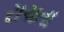
રાચતા